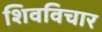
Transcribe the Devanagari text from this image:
शिवविचार